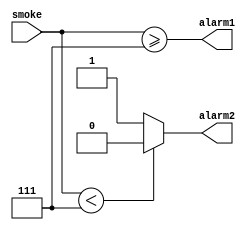
`timescale 1ns / 1ps

module fireAlarm(smoke,alarm1,alarm2);

    input [3:0] smoke;
    output alarm1,alarm2;
    assign alarm1 = smoke>=7;
    assign alarm2= (smoke < 7) ? 0 : 1;
endmodule